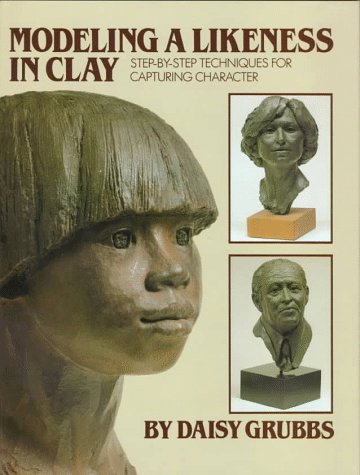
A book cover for Modeling a Likeness in Clay; Daisy Grubbs; Arts & Photography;